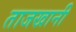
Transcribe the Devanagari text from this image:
ताजखानी